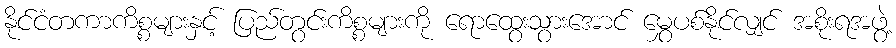
နိုင်ငံတကာကိစ္စများနှင့် ပြည်တွင်းကိစ္စများကို ရောထွေးသွားအောင် မွှေပစ်နိုင်လျှင် အစိုးရအဖွဲ့